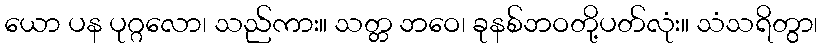
ယော ပန ပုဂ္ဂလော၊ သည်ကား။ သတ္တ ဘဝေ၊ ခုနစ်ဘဝတို့ပတ်လုံး။ သံသရိတွာ၊